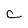
Character: C